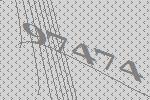
97474